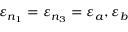
\varepsilon _ { n _ { 1 } } = \varepsilon _ { n _ { 3 } } = \varepsilon _ { a } , \varepsilon _ { b }